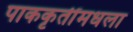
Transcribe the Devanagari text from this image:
पाककृतींमधला